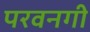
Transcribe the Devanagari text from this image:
परवनगी